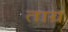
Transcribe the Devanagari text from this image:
ताग्र